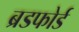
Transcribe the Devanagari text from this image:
ब्रडफोर्ड